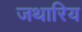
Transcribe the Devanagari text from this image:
जथारिय